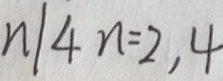
n \vert 4 n = 2 , 4